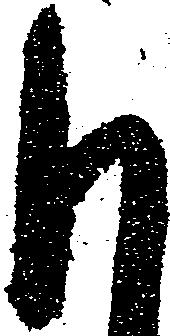
も